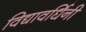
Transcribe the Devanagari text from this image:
विद्यावर्धिनी